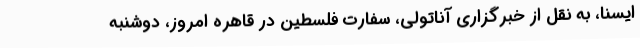
ایسنا، به نقل از خبرگزاری آناتولی، سفارت فلسطین در قاهره امروز، دوشنبه